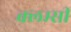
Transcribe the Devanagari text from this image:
क्लम्सी